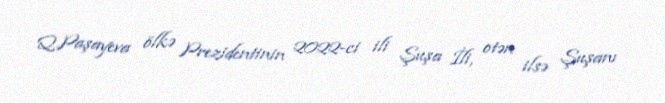
Q.Paşayeva ölkə Prezidentinin 2022-ci ili Şuşa İli, otən ilsə Şuşanı